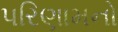
પરિણામનો